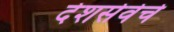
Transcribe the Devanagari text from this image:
देशसेवेचे